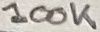
Text: 100K